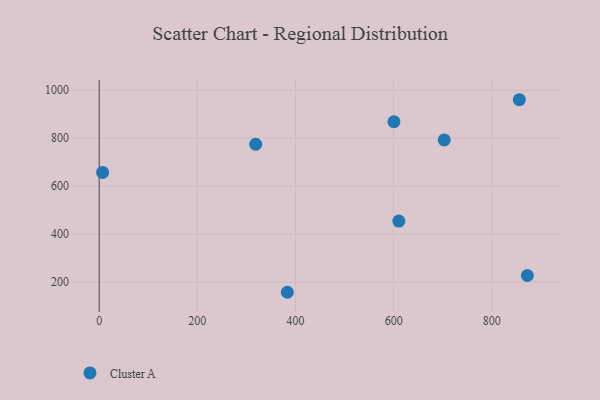
{"axis": {"x": "Investment", "y": "Salary"}, "legend": ["Cluster A"], "data": [{"x": "600.6", "y": 867.7, "type": "Cluster A"}, {"x": "703.1", "y": 792.1, "type": "Cluster A"}, {"x": "383.4", "y": 157.0, "type": "Cluster A"}, {"x": "610.6", "y": 453.6, "type": "Cluster A"}, {"x": "856.1", "y": 959.6, "type": "Cluster A"}, {"x": "7.0", "y": 656.4, "type": "Cluster A"}, {"x": "318.9", "y": 774.1, "type": "Cluster A"}, {"x": "872.5", "y": 227.0, "type": "Cluster A"}]}